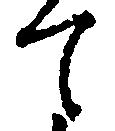
て